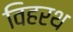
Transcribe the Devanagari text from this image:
विहरथ